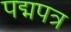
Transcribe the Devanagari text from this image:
पद्मपत्र